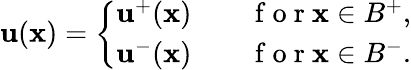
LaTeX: \begin{array}{r}{{\mathbf u}({\mathbf x})=\left\{ \begin{array}{ll}{{\mathbf u}^{+}({\mathbf x})\quad}&{\mathrm{~f~o~r~}{\mathbf x}\in B^{+},}\\ {{\mathbf u}^{-}({\mathbf x})\quad}&{\mathrm{~f~o~r~}{\mathbf x}\in B^{-}.}\end{array}\right.}\end{array}